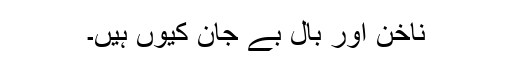
ناخُن اور بال بے جان کیوں ہیں۔